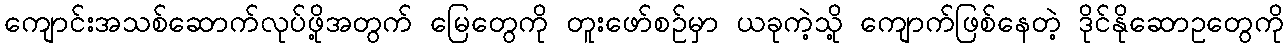
ကျောင်းအသစ်ဆောက်လုပ်ဖို့အတွက် မြေတွေကို တူးဖော်စဉ်မှာ ယခုကဲ့သို့ ကျောက်ဖြစ်နေတဲ့ ဒိုင်နိုဆောဥတွေကို